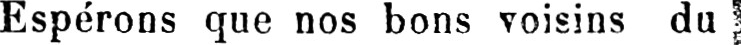
Espérons que nos bons voisins du